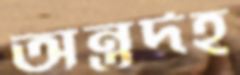
অন্তর্দহ